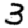
Digit: 3